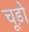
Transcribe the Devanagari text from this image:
चूड़ो